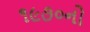
૧૯૭૦નો